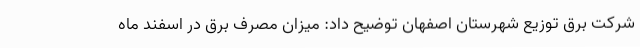
شرکت برق توزیع شهرستان اصفهان توضیح داد: میزان مصرف برق در اسفند ماه